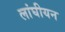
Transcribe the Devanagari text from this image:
लांघीयन